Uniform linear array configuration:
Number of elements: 64
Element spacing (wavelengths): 1
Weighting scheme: kaiser
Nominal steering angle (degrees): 15
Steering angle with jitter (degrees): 14.11
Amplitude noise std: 0.05
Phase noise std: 0.05

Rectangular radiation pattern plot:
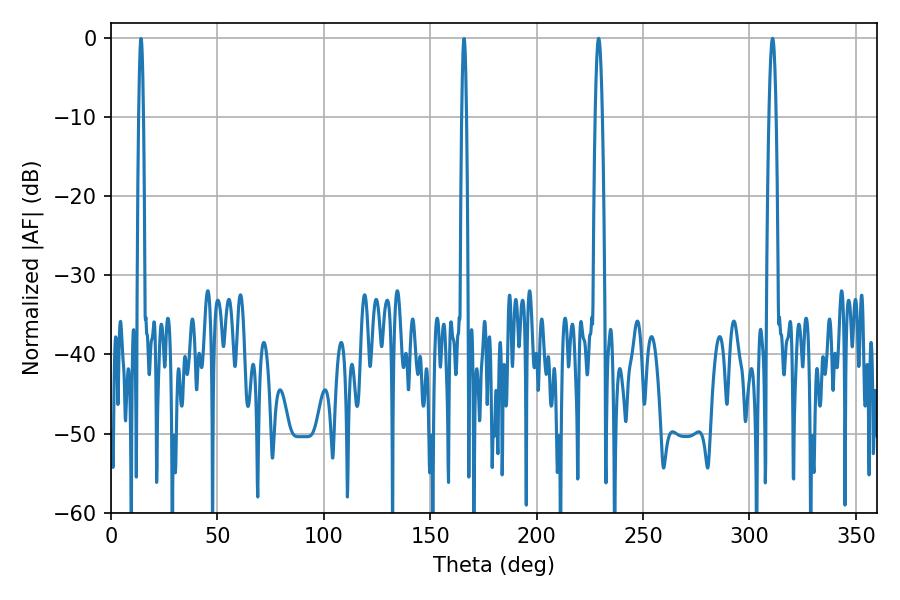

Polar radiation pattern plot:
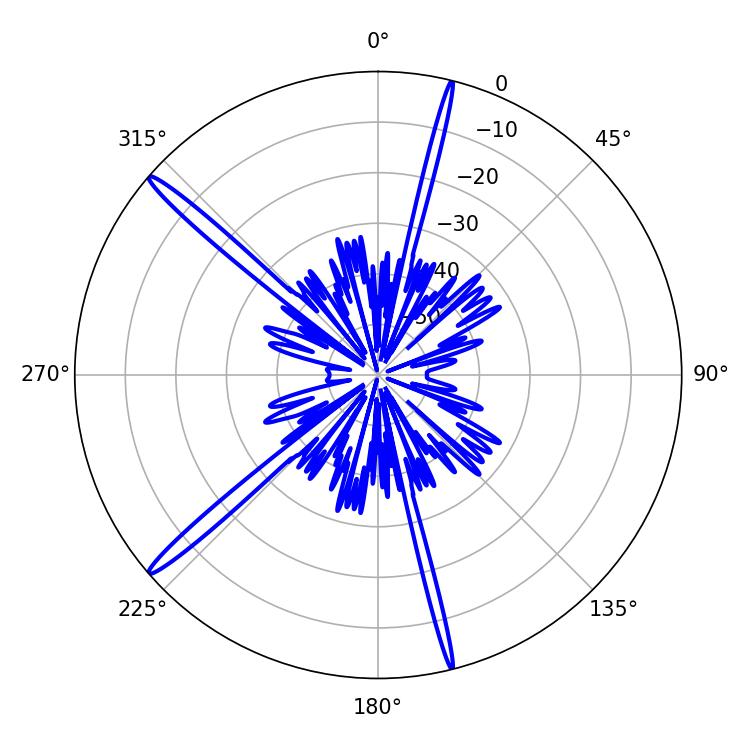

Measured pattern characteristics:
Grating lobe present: TRUE
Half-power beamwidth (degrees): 1.8
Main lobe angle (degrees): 229.14